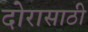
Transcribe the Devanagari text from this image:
दोरासाठी